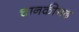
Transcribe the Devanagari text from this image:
चानकीगढ